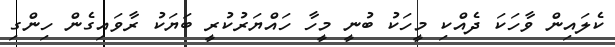
ކެލައިން ވާހަަކަ ދެއްކި މީހަކު ބުނީ މީހާ ހައްޔަރުކުރީ ބަޔަކު ރާވައިގެން ހިންގި